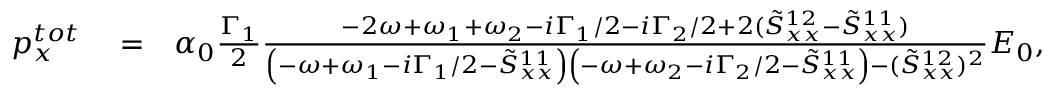
\begin{array} { r l r } { p _ { x } ^ { t o t } } & { { } = } & { \alpha _ { 0 } \frac { \Gamma _ { 1 } } { 2 } \frac { - 2 \omega + \omega _ { 1 } + \omega _ { 2 } - i \Gamma _ { 1 } / 2 - i \Gamma _ { 2 } / 2 + 2 ( \tilde { S } _ { x x } ^ { 1 2 } - \tilde { S } _ { x x } ^ { 1 1 } ) } { \left( - \omega + \omega _ { 1 } - i \Gamma _ { 1 } / 2 - \tilde { S } _ { x x } ^ { 1 1 } \right) \left( - \omega + \omega _ { 2 } - i \Gamma _ { 2 } / 2 - \tilde { S } _ { x x } ^ { 1 1 } \right) - ( \tilde { S } _ { x x } ^ { 1 2 } ) ^ { 2 } } E _ { 0 } , } \end{array}